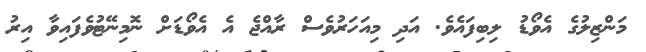
މަންޒިލުގެ އެވޯޑު ލިބިފައެވެ. އަދި މިއަހަރުވެސް ރާއްޖެ އެ އެވޯޑަށް ނޮމިނޭޓުވެފައިވާ އިރު